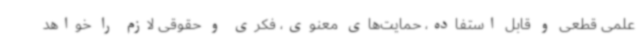
علمی قطعی و قابل استفاده، حمایت‌های معنوی، فکری و حقوقی لازم را خواهد